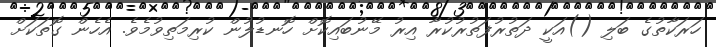
ހަރަކާތުގެ ބަލި ()އަކީ ދަތުރުފަތުރުކުރާ އިރު މޭނުބައިކޮށް ހޮނޑުލުން ކުރިމަތިވުމެވެ. އެހެން ގޮތަކަށް